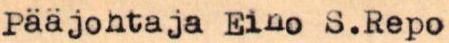
Pääjohtaja Eino S.Repo